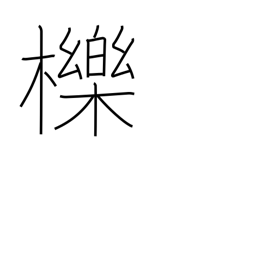
Meaning: oak for charcoal